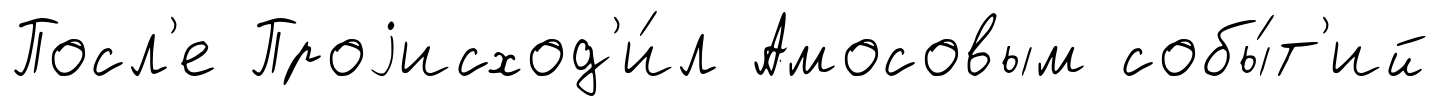
Посл'е Проjисход'и́л Амосовым собы́т'ий